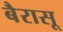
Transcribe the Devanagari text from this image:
बैरासू